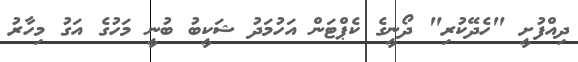
ދިއްފުށީ "ހެދޭކުރި" ދޯނީގެ ކެޕްޓަން އަހުމަދު ޝަކީބު ބުނީ މަހުގެ އަގު މިހާރު